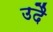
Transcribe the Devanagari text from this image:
उदै